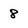
Character: 8